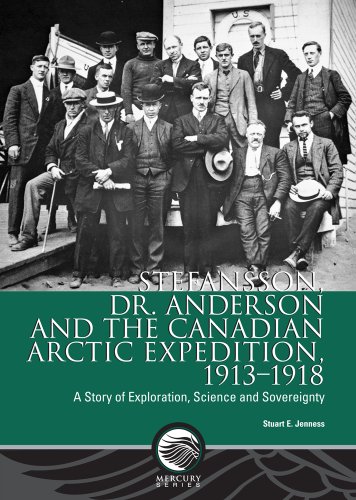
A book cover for Stefansson, Dr. Anderson and the Canadian Arctic Expedition, 1913-1918: A Story of Exploration, Science and Sovereignty (Mercury Series (0316-1854)); Stuart E. Jenness; History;